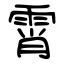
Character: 霄